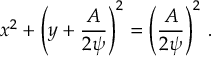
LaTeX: x ^ { 2 } + \left( y + { \frac { A } { 2 \psi } } \right) ^ { 2 } = \left( { \frac { A } { 2 \psi } } \right) ^ { 2 } \, .